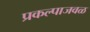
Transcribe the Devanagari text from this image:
प्रकल्पाजवळ